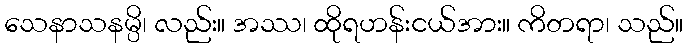
သေနာသနမ္ပိ၊ လည်း။ အဿ၊ ထိုရဟန်းငယ်အား။ ကိတရာ၊ သည်။